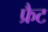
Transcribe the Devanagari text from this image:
फ्रैट